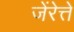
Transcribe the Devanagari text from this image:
जेंरेत्ते